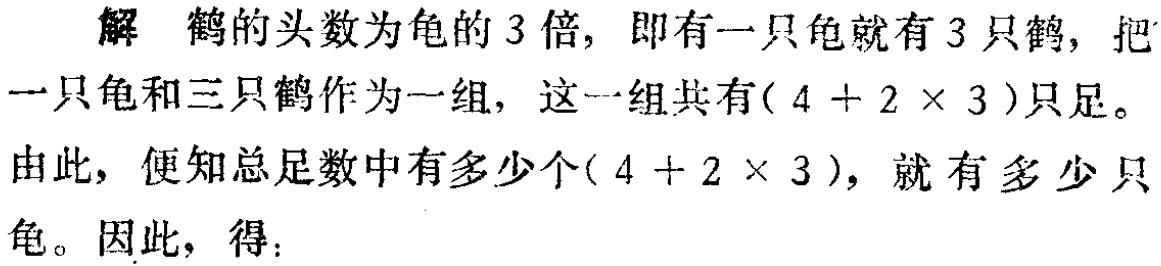
解 鹤的头数为龟的 3 倍, 即有一只龟就有 3 只鹤, 把一只龟和三只鹤作为一组, 这一组共有$(4 + 2\times 3)$只足。

由此, 便知总足数中有多少个$(4 + 2\times 3)$, 就有多少只龟。因此, 得: